Indian journal of veterinary science and animal husbandry - Volume 10,
Year: 1940
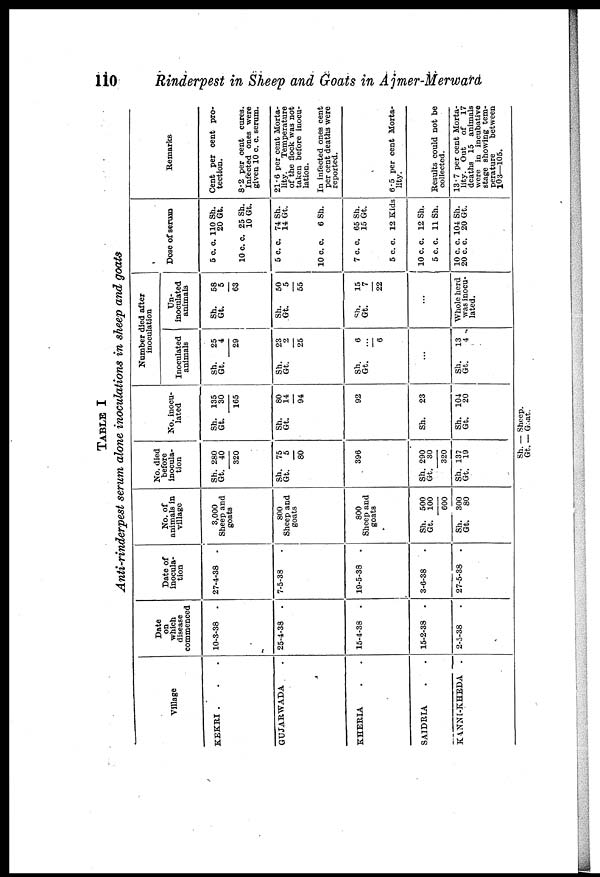
110
Rinderpest in Sheep and Goats in Ajmer-Merward
TABLE I
Anti-rinderpest serum alone inoculations in sheep and goats
Village
KEKRI . . .
GUJARWADA .
KHERIA . .
SAIDRIA . .
KANNI-KHEDA
.
Date
on
which
disease
commenced
10-3-38
.
25-4-38
.
15-4-38
.
15-2-38
.
2-5-38 .
Date of
inocula-
tion
27-4-38
.
7-5-38 .
19-5-38
.
3-6-38 .
27-5-38
.
No. of
animals in
village
3,000
Sheep and
goats
800
Sheep and
goats
800
Sheep and
goats
Sh. 500
Gt. 100
600
Sh. 300
Gt.
80
No. died
before
inocula-
tion
Sh.
Gt.
Sh.
Gt.
Sh.
Gt.
Sh.
Gt.
280
40
320
75
5
80
396
290
30
320
137
19
No. inocu-
lated
Sh.
Gt.
Sh.
Gt.
Sh.
Sh.
Gt.
135
30
165
80
14
94
92
23
104
20
Number died after
inoculation
Inoculated
animals
Sh.
Gt.
Sh.
Gt.
Sh.
Gt.
25
4
29
23
2
25
6
...
6
...
Sh.
Gt.
13
4
Un-
inoculated
animals
Sh.
Gt.
Sh.
Gt.
Sh.
Gt.
58
5
63
50
5
55
15
7
22
...
Whole herd
was inocu-
lated.
Dose of serum
5 c. c. 110 Sh.
20 Gt.
10 c. c. 25 Sh.
10 Gt.
5 c. c. 74 Sh.
14 Gt.
10 c. c.
6 Sh.
7 c. c. 65 Sh.
15 Gt.
5 c. c. 12 Kids
10 c. c. 12 Sh.
5 c. c. 11 Sh.
10 c. c. 104 Sh.
20 c. c. 20 Gt.
Remarks
Cent per cent pro-
tection.
8.2 per cent cures.
Infected ones were
given 10 c. c. serum.
21.6 per cent Morta-
lity.
Temperature
of the flock was not
taken before inocu-
lation.
In infected ones cent
per cent deaths were
reported.
6.5 per cent Morta-
lity.
Results could not be
collected.
13.7 per cent Morta-
lity. Out
of
17
deaths 15 animals
were in incubative
stage showing tem-
perature
between
103—105.
Sh. — Sheep.
Gt. — Goat.